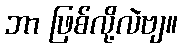
ဘာ ဖြစ်လို့လဲဗျ။